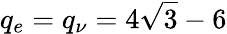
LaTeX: q_{e}=q_{\nu}=4\sqrt{3}-6